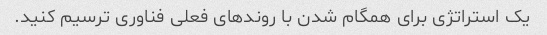
یک استراتژی برای همگام شدن با روندهای فعلی فناوری ترسیم کنید.